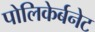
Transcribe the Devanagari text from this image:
पोलिकेर्बनेट